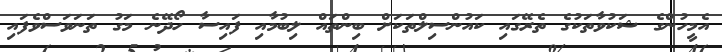
އެމީހުންގެ ޝަކުވާތަކުގެ ތެރޭގައި ކައުންސިލްތަކަށް ބިންތައް ލިބުމާއި ފައިސާ ހޯދޭނެ މަގު ތަނަވަސްވެފައި